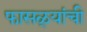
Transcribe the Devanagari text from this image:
फासळ्यांची